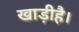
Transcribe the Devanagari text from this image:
खाड़ीहै।